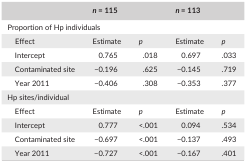
|  | <COLSPAN=2> n = 115 | <COLSPAN=2> n = 113 |
 | --- | --- | --- | --- | --- |
 | <COLSPAN=5> Proportion of Hp individuals |
 | Effect | Estimate | p | Estimate | p |
 | Intercept | 0.765 | .018 | 0.697 | .033 |
 | Contaminated site | −0.196 | .625 | −0.145 | .719 |
 | Year 2011 | −0.406 | .308 | −0.353 | .377 |
 | <COLSPAN=5> Hp sites/individual |
 | Effect | Estimate | p | Estimate | p |
 | Intercept | 0.777 | <.001 | 0.094 | .534 |
 | Contaminated site | −0.697 | <.001 | −0.137 | .493 |
 | Year 2011 | −0.727 | <.001 | −0.167 | .401 |